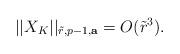
LaTeX: \begin{align*}||X_K||_{\tilde{r},p-1,\mathbf{a}}=O(\tilde{r}^3).\end{align*}